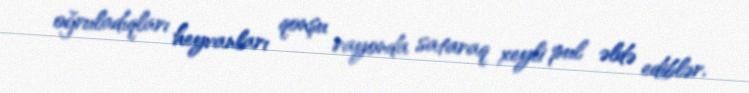
oğruladıqları heyvanları qonşu rayonda sataraq xeyli pul əldə ediblər.